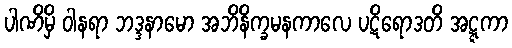
ပါဏိမှိ ဝါနရာ ဘဒ္ဒနာမော အဘိနိက္ခမနကာလေ ပဋိရောဒတိ အဋ္ဋကာ